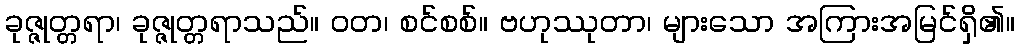
ခုဇ္ဇုတ္တရာ၊ ခုဇ္ဇုတ္တရာသည်။ ဝတ၊ စင်စစ်။ ဗဟုဿုတာ၊ များသော အကြားအမြင်ရှိ၏။